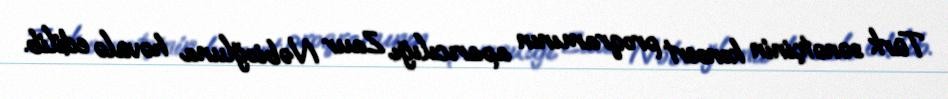
Türk sənətçinin konsert proqramının aparıcılığı Zaur Nəbioğluna həvalə edilib.